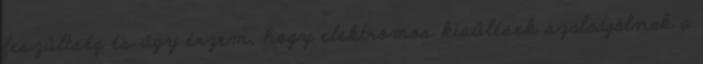
feszültség és úgy érzem, hogy elektromos kisülések szaladgálnak a